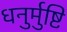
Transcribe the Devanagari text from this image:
धनुर्मुष्टि